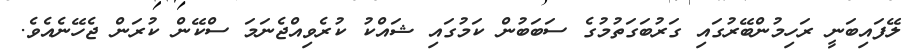
ލޭފައިބަނީ ރަހިމުންބޭރުގައި ގަރުބަގަތުމުގެ ސަބަބުން ކަމުގައި ޝައްކު ކުރެވިއްޖެނަމަ ސްކޭން ކުރަން ޖެހޭނެއެވެ.